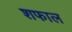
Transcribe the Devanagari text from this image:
शफाल